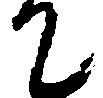
て